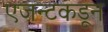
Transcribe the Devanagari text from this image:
एजन्टकडून